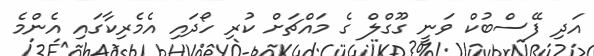
އަދި ފޭސްބުކް ވަނީ ގޫގްލް ގެ މައްޗަށް ކުރި ހޯދައި އެމެރިކާގައި އެންމެ